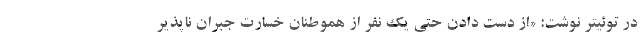
در توئیتر نوشت: «از دست دادن حتی یک نفر از هموطنان خسارت جبران ناپذیر